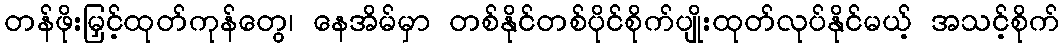
တန်ဖိုးမြှင့်ထုတ်ကုန်တွေ၊ နေအိမ်မှာ တစ်နိုင်တစ်ပိုင်စိုက်ပျိုးထုတ်လုပ်နိုင်မယ့် အသင့်စိုက်